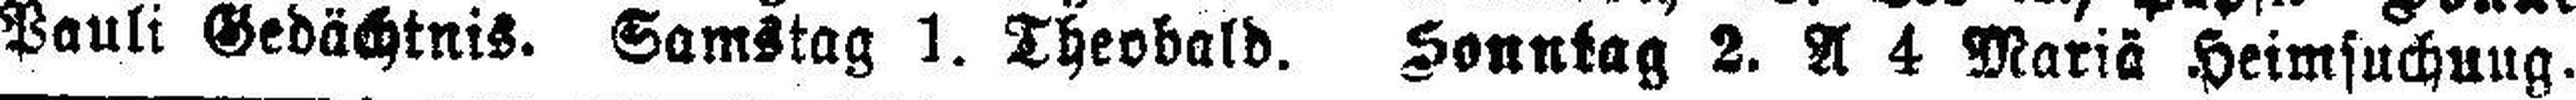
Pauli Gedächtnis. Gamstag 1. Theobald. Sonntag 2. A 4 Mariä Heimsuchung.